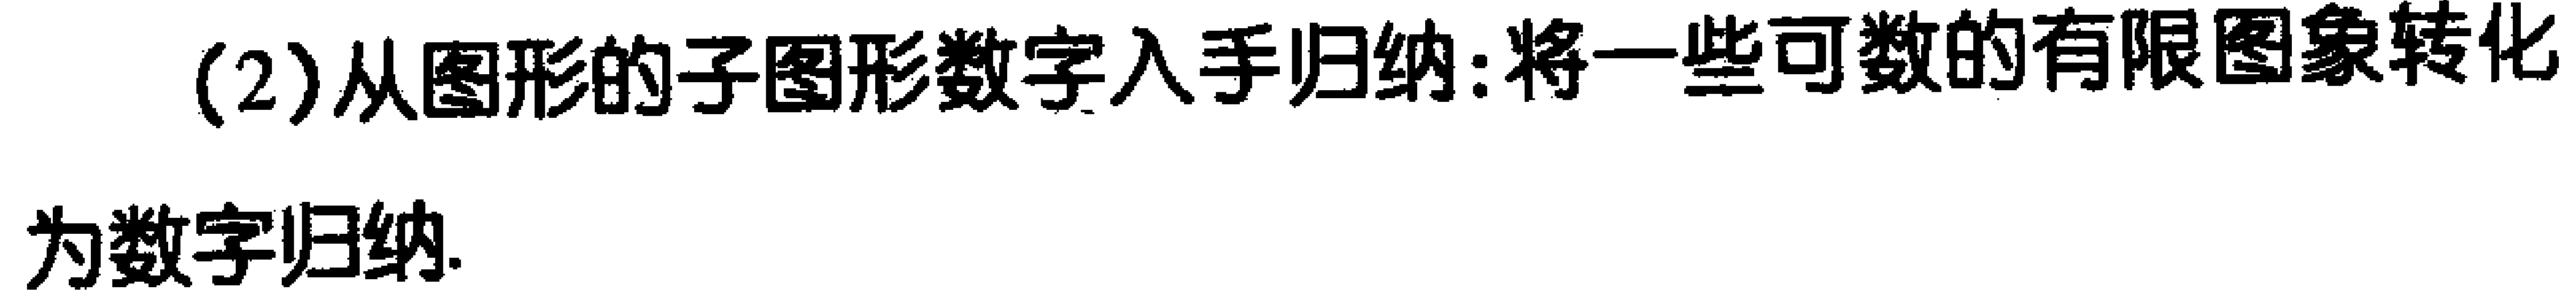
(2)从图形的子图形数字入手归纳:将一些可数的有限图象转化为数字归纳.